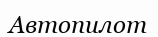
Автопилот